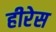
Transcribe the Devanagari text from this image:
हीरेस